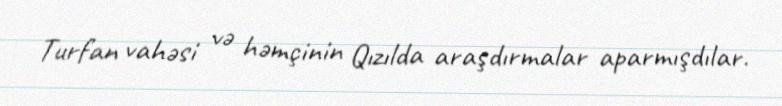
Turfan vahəsi və həmçinin Qızılda araşdırmalar aparmışdılar.